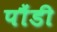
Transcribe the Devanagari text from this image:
पौंडी